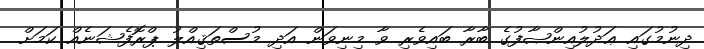
ދިނުމުގައި ޢަދުލުއިންޞާފުގެ ބާރާ ބައިވެރި ވާ މިނިވަން އަދި މުސްތަޤިއްލު ޕްރޮފެޝަނެއް ކަމަށް